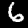
Label: 6